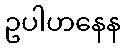
ဥပါဟနေန